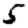
Digit: 5